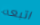
اتبعه